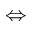
\Leftrightarrow